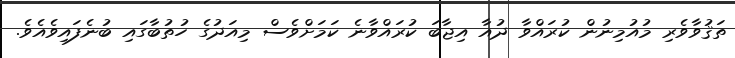
ތަޤުވާވެރި މުއުމިނުން ކުރައްވާ ދުއާ އިޖާބަ ކުރައްވާނެ ކަމަށްވެސް މިއަދުގެ ހުތުބާގައި ބުނެފައިވެއެވެ.